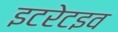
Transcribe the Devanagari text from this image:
इटरेटइव